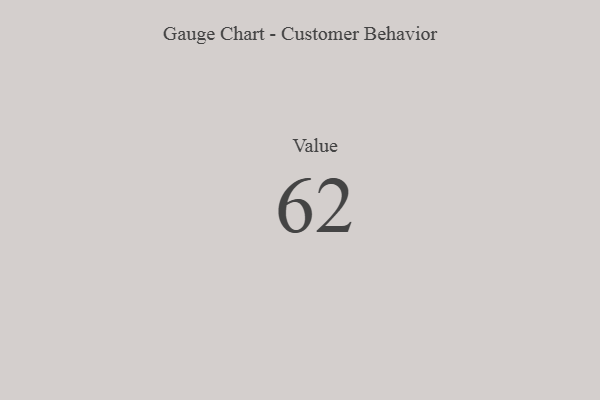
{"axis": {"x": "Metric", "y": "Value"}, "legend": [""], "data": [{"x": "Value", "y": 62, "type": ""}]}